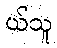
ယ်သူ